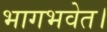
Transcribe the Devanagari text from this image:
भागभवेत।